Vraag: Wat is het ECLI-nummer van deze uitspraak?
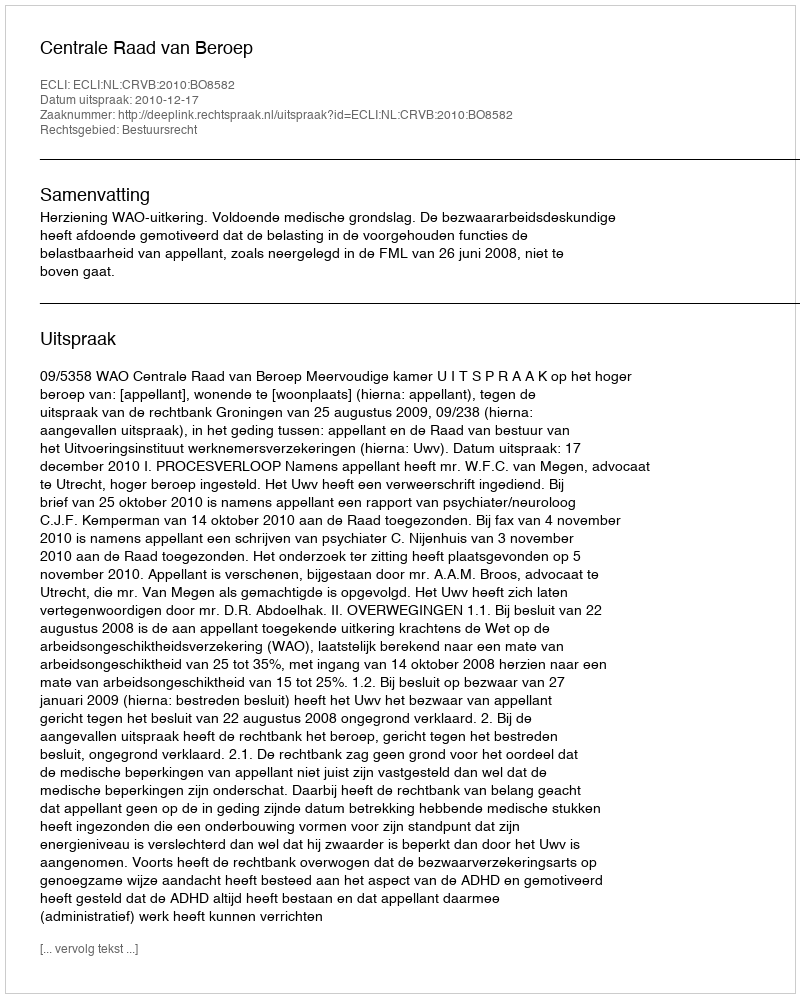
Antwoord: ECLI:NL:CRVB:2010:BO8582